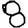
Digit: 8